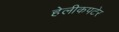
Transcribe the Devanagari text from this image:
हेलीकपटेर